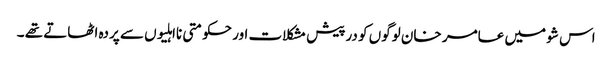
اس شو میں عامر خان لوگوں کو درپیش مشکلات اور حکومتی نااہلیوں سے پردہ اٹھاتے تھے ۔